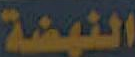
النهضة